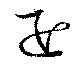
退